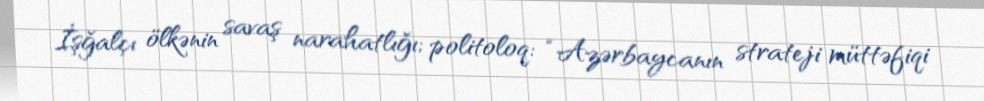
İşğalçı ölkənin savaş narahatlığı; politoloq: “Azərbaycanın strateji müttəfiqi